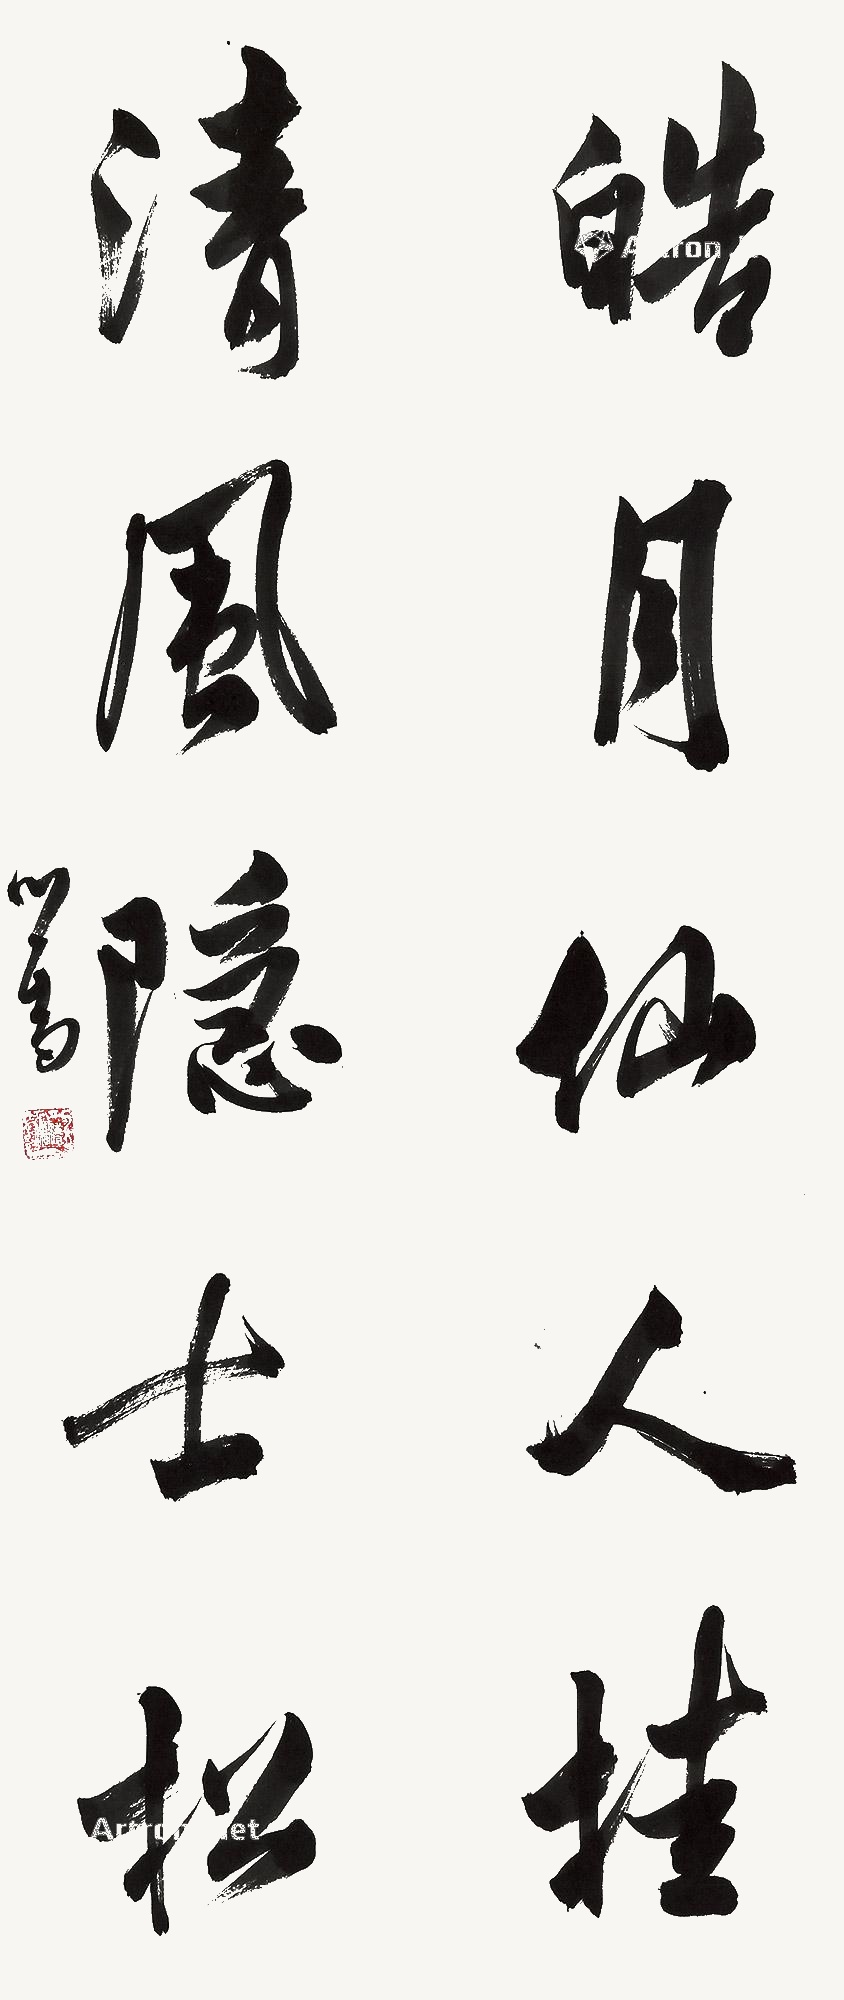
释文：皓月仙人桂，清风隐士松。心畬。